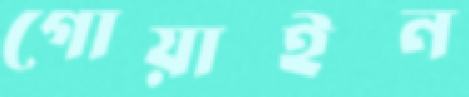
গোয়াইন